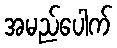
အမည်ပေါက်